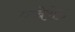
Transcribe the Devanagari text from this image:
एब्बेरोड